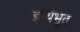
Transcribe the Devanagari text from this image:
इत्यंभूत